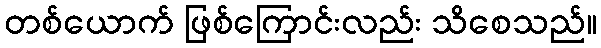
တစ်ယောက် ဖြစ်ကြောင်းလည်း သိစေသည်။